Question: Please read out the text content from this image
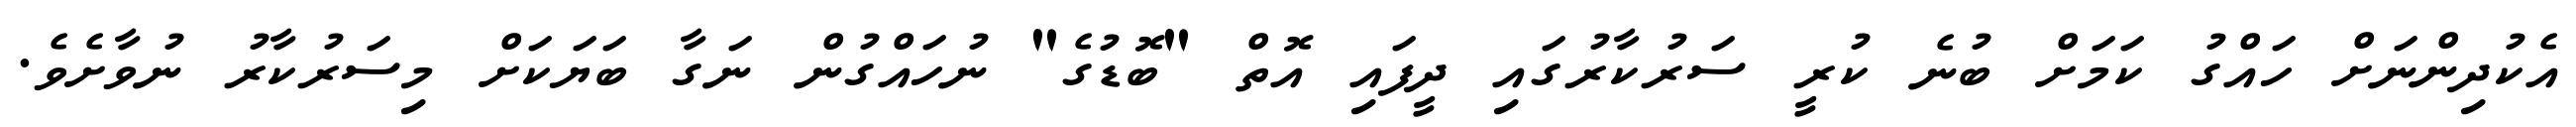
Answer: އެކުދިންނަށް ހައްގު ކަމަށް ބުނެ ކުރީ ސަރުކާރުގައި ދީފައި އޮތް "ބޮޑުގެ" ނުހައްގުން ނަގާ ބަޔަކަށް މިސަރުކާރު ނުވާށެވެ.